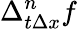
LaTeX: \Delta_{t\Delta x}^{n}f